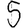
Digit: 5